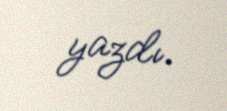
yazdı.